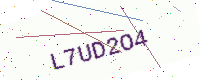
Text: L7UD2O4